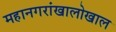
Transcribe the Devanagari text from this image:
महानगरांखालोखाल